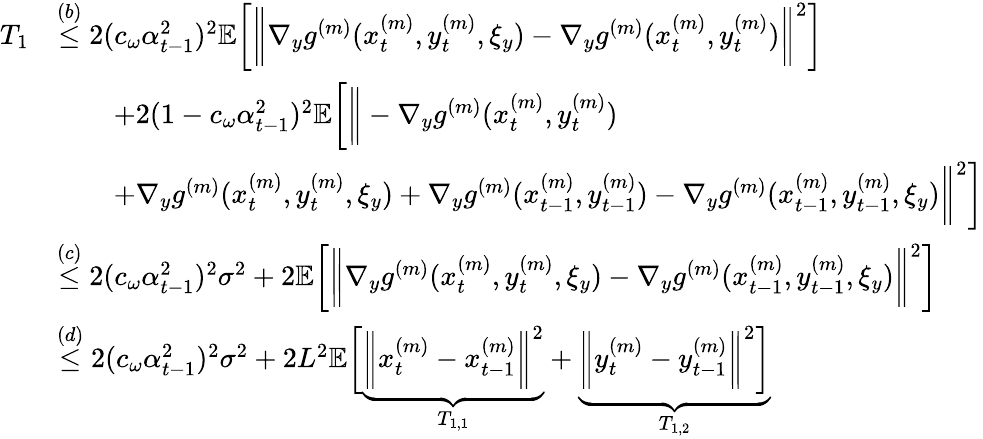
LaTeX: \begin{array}{rl}{T_{1}}&{\overset{(b)}{\leq}2(c_{\omega}\alpha_{t-1}^{2})^{2}\mathbb{E}\bigg[\bigg\| \nabla_{y}g^{(m)}(x_{t}^{(m)},y_{t}^{(m)},\xi_{y})-\nabla_{y}g^{(m)}(x_{t}^{(m)},y_{t}^{(m)})\bigg\| ^{2}\bigg]}\\ &{\qquad+2(1-c_{\omega}\alpha_{t-1}^{2})^{2}\mathbb{E}\bigg[\bigg\| -\nabla_{y}g^{(m)}(x_{t}^{(m)},y_{t}^{(m)})}\\ &{\qquad+\nabla_{y}g^{(m)}(x_{t}^{(m)},y_{t}^{(m)},\xi_{y})+\nabla_{y}g^{(m)}(x_{t-1}^{(m)},y_{t-1}^{(m)})-\nabla_{y}g^{(m)}(x_{t-1}^{(m)},y_{t-1}^{(m)},\xi_{y})\bigg\| ^{2}\bigg]}\\ &{\overset{(c)}{\leq}2(c_{\omega}\alpha_{t-1}^{2})^{2}\sigma^{2}+2\mathbb{E}\bigg[\bigg\| \nabla_{y}g^{(m)}(x_{t}^{(m)},y_{t}^{(m)},\xi_{y})-\nabla_{y}g^{(m)}(x_{t-1}^{(m)},y_{t-1}^{(m)},\xi_{y})\bigg\| ^{2}\bigg]}\\ &{\overset{(d)}{\leq}2(c_{\omega}\alpha_{t-1}^{2})^{2}\sigma^{2}+2L^{2}\mathbb{E}\bigg[\underbrace{\bigg\| x_{t}^{(m)}-x_{t-1}^{(m)}\bigg\| ^{2}}_{T_{1,1}}+\underbrace{\bigg\| y_{t}^{(m)}-y_{t-1}^{(m)}\bigg\| ^{2}\bigg]}_{T_{1,2}}}\end{array}